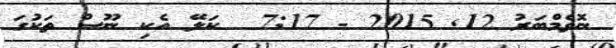
ނޮވެމްބަރު 12